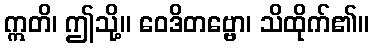
ဣတိ၊ ဤသို့။ ဝေဒိတဗ္ဗော၊ သိထိုက်၏။